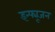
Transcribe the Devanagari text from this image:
इन्फ्यूजन